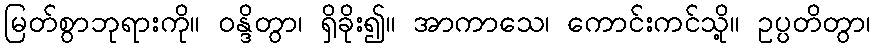
မြတ်စွာဘုရားကို။ ဝန္ဒိတွာ၊ ရှိခိုး၍။ အာကာသေ၊ ကောင်းကင်သို့။ ဥပ္ပတိတွာ၊